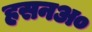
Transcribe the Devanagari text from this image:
हसनअ०